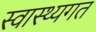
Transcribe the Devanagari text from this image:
स्वास्थ्यगत